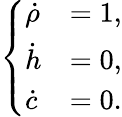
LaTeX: \begin{array}{r}{\left\{ \begin{array}{ll}{\dot{\rho}}&{=1,}\\ {\dot{h}}&{=0,}\\ {\dot{c}}&{=0.}\end{array}\right.}\end{array}